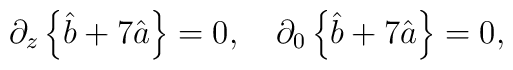
\partial_z\left\{\hat{b}+7\hat{a}\right\} =0 , \quad \partial_0\left\{\hat{b}+7\hat{a}\right\} =0 ,